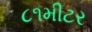
૮૧મીટર